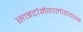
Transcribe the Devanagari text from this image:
साइटोमेगालोवायरस